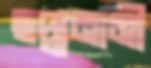
ছদ্মনামী